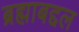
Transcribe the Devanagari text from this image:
ब्रह्माबद्दल